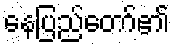
နေပြည်တော်၏